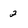
Character: 2